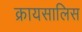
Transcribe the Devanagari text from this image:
क्रायसालिस